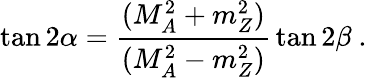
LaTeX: \tan 2\alpha={\frac{(M_{A}^{2}+m_{Z}^{2})}{(M_{A}^{2}-m_{Z}^{2})}}\tan 2\beta\ .